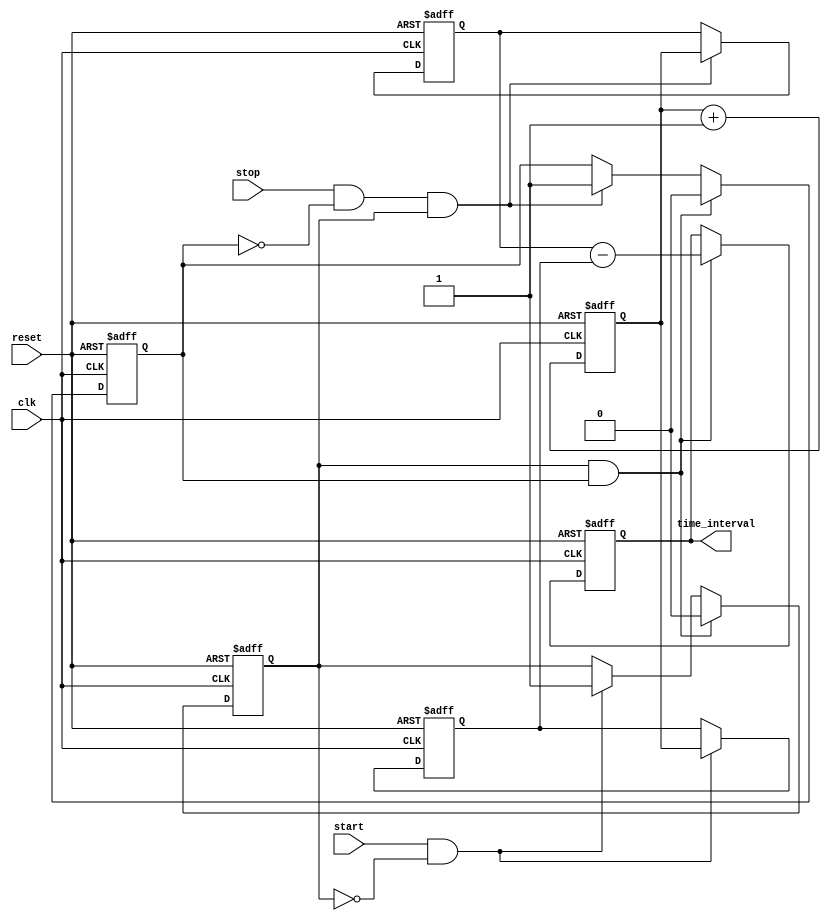
module tdc (
    input wire clk,              // Clock signal
    input wire reset,            // Reset signal
    input wire start,            // Start event signal
    input wire stop,             // Stop event signal
    output reg [7:0] time_interval // Output register for time interval
);

    // Internal registers
    reg [7:0] counter;           // Counter register (8-bit)
    reg [7:0] start_time;        // Latch for start time
    reg [7:0] stop_time;         // Latch for stop time
    reg start_latched;           // Flag to indicate if start is latched
    reg stop_latched;            // Flag to indicate if stop is latched

    // Counter logic
    always @(posedge clk or posedge reset) begin
        if (reset) begin
            counter <= 8'b0;      // Reset counter
            start_time <= 8'b0;   // Reset start time latch
            stop_time <= 8'b0;    // Reset stop time latch
            time_interval <= 8'b0; // Reset output interval
            start_latched <= 1'b0; // Reset start latch flag
            stop_latched <= 1'b0;  // Reset stop latch flag
        end else begin
            counter <= counter + 1; // Increment counter on clock edge
            
            // Capture start time
            if (start && !start_latched) begin
                start_time <= counter; // Latch current counter value
                start_latched <= 1'b1;  // Mark start as latched
            end
            
            // Capture stop time
            if (stop && !stop_latched && start_latched) begin
                stop_time <= counter;   // Latch current counter value
                stop_latched <= 1'b1;   // Mark stop as latched
            end
            
            // Calculate time interval
            if (start_latched && stop_latched) begin
                time_interval <= stop_time - start_time; // Compute time interval
                // Reset latches for the next measurement
                start_latched <= 1'b0;
                stop_latched <= 1'b0;
            end
        end
    end

endmodule